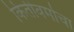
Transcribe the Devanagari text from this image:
किर्तीवर्माचा